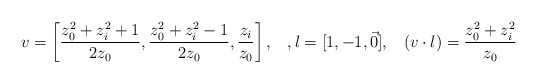
\begin{align*}v=\left[{z_0^2+z_i^2+1\over 2z_0}, {z_0^2+z_i^2-1\over 2z_0}, {z_i\over z_0}\right],\;\;\;, l=[1,-1,\vec{0}],\;\;\;(v\cdot l)={z_0^2+z_i^2\over z_0}\end{align*}